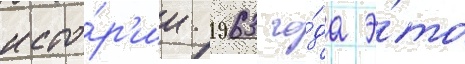
исто́р'ии 1963 го́да э́то